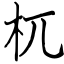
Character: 杌